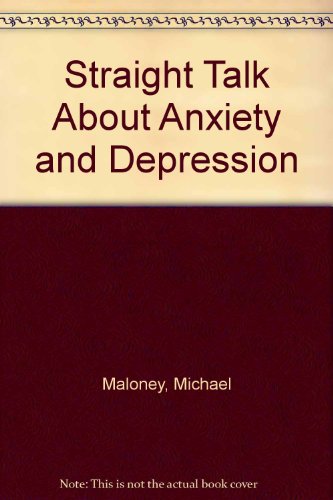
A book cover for Straight Talk About Anxiety and Depression; Michael Maloney; Teen & Young Adult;